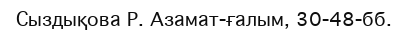
Сыздықова Р. Азамат-ғалым, 30-48-бб.